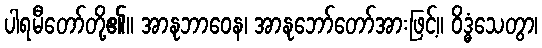
ပါရမီတော်တို့၏။ အာနုဘာဝေန၊ အာနုဘော်တော်အားဖြင့်။ ဝိဒ္ဓံသေတွာ၊